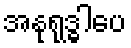
အနုရုဒ္ဓါပေ